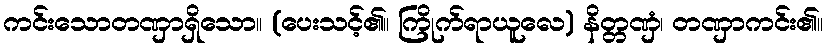
ကင်းသောတဏှာရှိသော။ (ပေးသင့်၏။ ကြိုက်ရာယူလေ) နိတ္တဏှံ၊ တဏှာကင်း၏။